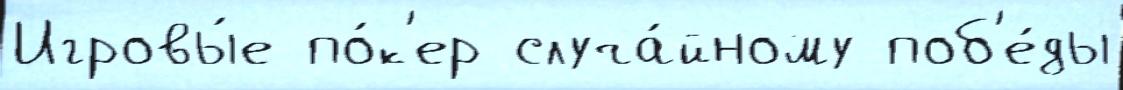
Игровы́е по́к'ер случа́йному поб'е́ды